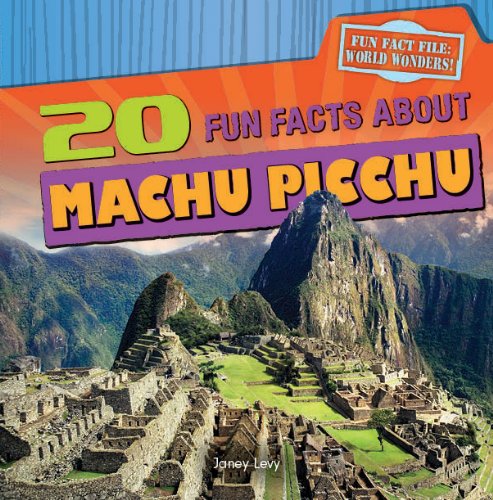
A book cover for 20 Fun Facts About Machu Picchu (Fun Fact File); Janey Levy; Children's Books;